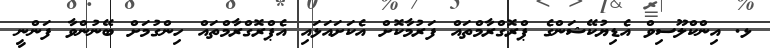
ޅ. އިންކްލޫސިވް އެޑިޔުކޭޝަންގެ ޕްރޮގްރާމްތައް ފަރުމާކޮށް އެކަށައަޅައި އެޕްރޮގްރާމްތައް ހިންގުމަށް ބޭނުންވާ ފަންނީ